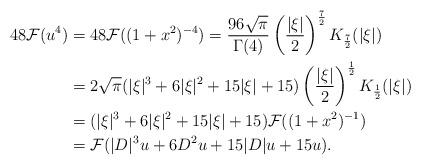
LaTeX: \begin{align*}48\mathcal{F} (u^4) &= 48 \mathcal{F}((1+x^2)^{-4}) = \frac{96\sqrt{\pi}}{\Gamma(4)} \left( \frac{|\xi|}{2}\right)^{\frac72} K_{\frac72}(|\xi|) \\ &= 2\sqrt{\pi} (|\xi|^3+6|\xi|^2+15|\xi|+15) \left( \frac{|\xi|}{2}\right)^{\frac12}K_{\frac12}(|\xi|) \\&= (|\xi|^3+6|\xi|^2+15|\xi|+15) \mathcal{F}((1+x^2)^{-1})\\&= \mathcal{F}(|D|^3 u +6D^2 u+15|D|u+15u).\end{align*}